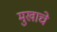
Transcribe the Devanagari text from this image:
मुखाचे